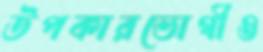
উপকারভোগীও